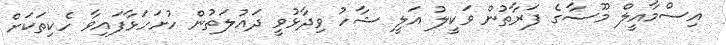
އިސްމާއީލް މޫސާގެ ފަރާތުން ވަކީލު އަލީ ޝާހު ވިދާޅުވީ ދައުލަތުން ހުށަހަޅާފައިވާ ހެކިތަކަށް